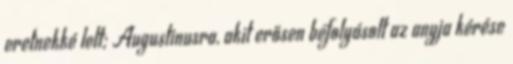
eretnekké lett; Augustinusra, akit erősen befolyásolt az anyja kérése